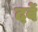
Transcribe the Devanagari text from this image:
दर्वे